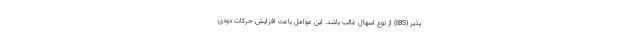
پذیر (IBS) از نوع اسهال غالب باشد. این عوامل باعث افزایش حرکات دودی